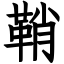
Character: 鞘